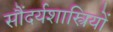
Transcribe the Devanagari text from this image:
सौंदर्यशास्त्रियों